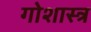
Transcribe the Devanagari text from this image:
गोशास्त्र